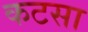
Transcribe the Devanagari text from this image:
कटसा